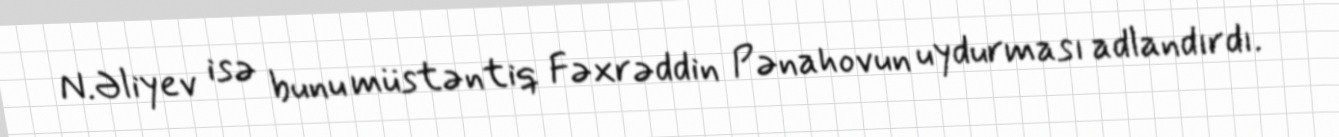
N.Əliyev isə bunu müstəntiq Fəxrəddin Pənahovun uydurması adlandırdı.